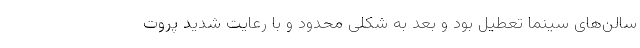
سالن‌های سینما تعطیل بود و بعد به شکلی محدود و با رعایت شدید پروت